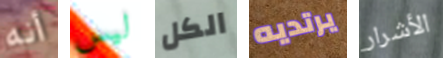
أنه ليس الكل يرتديه الأشرار